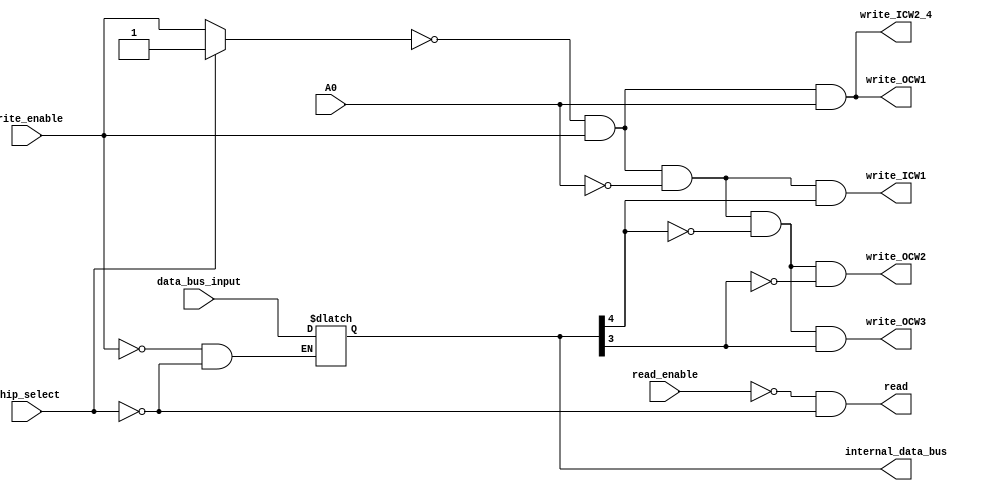
module  Data_bus_buffer_Read_write_Logic(
	input [7:0]    data_bus_input,
	input wire         chip_select,
	input wire         read_enable,
	input wire         write_enable,
	input wire          A0,
	
	
		// internal bus
	
	output reg [7:0]  internal_data_bus,
	output wire        write_ICW1,
	output wire        write_ICW2_4,
	output wire        write_OCW1,
	output wire        write_OCW2,
	output wire        write_OCW3,
	output wire        read
  );
  
     // Internal Signals
   
	reg   prev_write_enable;
	wire   write_flag;
	reg stable_address;
  
     // Write Control
     
	always @(write_enable , chip_select) begin
		internal_data_bus <= (~write_enable & ~chip_select) ? data_bus_input :internal_data_bus;
    
	end
	always @(chip_select , write_enable) begin
		prev_write_enable <= (chip_select) ? 1'b1 :write_enable;
	end
	
	assign write_flag = ~prev_write_enable & write_enable;
	always @( A0 )
			stable_address <= A0;
	
	// Generate write request flags
	assign write_ICW1     = (write_flag & ~stable_address)  & internal_data_bus[4];
	assign write_ICW2_4   = write_flag & stable_address  ;
	assign write_OCW1     = write_flag & stable_address  ;
	assign write_OCW2     = ((write_flag & ~stable_address) & ~internal_data_bus[4]) & ~internal_data_bus[3];
	assign write_OCW3     = ((write_flag & ~stable_address) & ~internal_data_bus[4]) & internal_data_bus[3];
	
  

    // Read Control
 
    assign read = ~read_enable  & ~chip_select;
    
    
    
    
endmodule